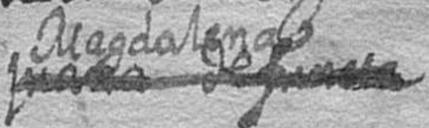
# # Magdalena